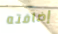
إضافته